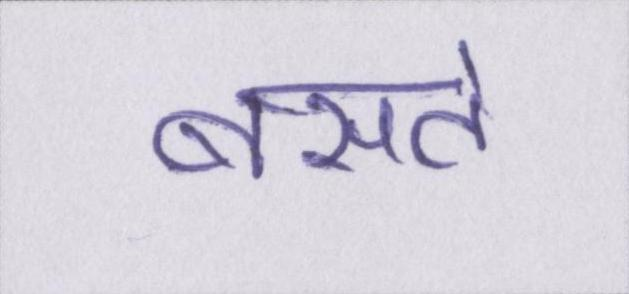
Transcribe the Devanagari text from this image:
बसते